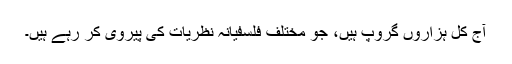
آج کل ہزاروں گروپ ہیں، جو مختلف فلسفیانہ نظریات کی پیروی کر رہے ہیں۔